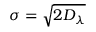
\sigma = \sqrt { 2 D _ { \lambda } }